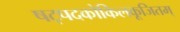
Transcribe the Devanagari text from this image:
षट्पदकोकिलकूजितम्